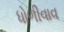
ધોળીવાવ